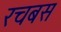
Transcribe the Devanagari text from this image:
रचबस